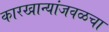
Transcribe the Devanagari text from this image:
कारखान्यांजवळचा